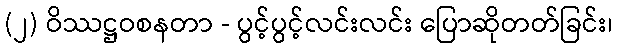
(၂) ဝိဿဋ္ဌဝစနတာ - ပွင့်ပွင့်လင်းလင်း ပြောဆိုတတ်ခြင်း၊